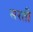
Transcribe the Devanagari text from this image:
सरती